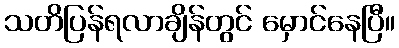
သတိပြန်ရလာချိန်တွင် မှောင်နေပြီ။